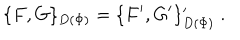
\{ F , G \} _ { D ( \Phi ) } = \{ F ^ { \prime } , G ^ { \prime } \} _ { D ( \Phi ) } ^ { \prime } \; .